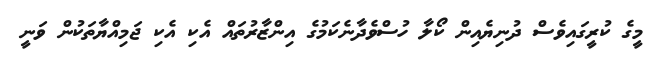
މީގެ ކުރީގައިވެސް ދުނިޔެއިން ކޯލާ ހުސްވެދާނެކަމުގެ އިންޒާރުތައް އެކި އެކި ޖަމިއްޔާތަކުން ވަނީ